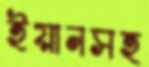
ইয়ানসহ